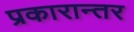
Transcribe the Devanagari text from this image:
प्रकारान्‍तर